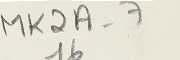
MK2A-7 16